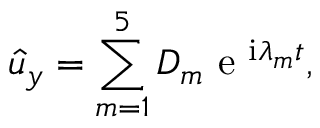
\hat { u } _ { y } = \sum _ { m = 1 } ^ { 5 } D _ { m } \mathrm { ~ e ~ } ^ { \mathrm { i } \lambda _ { m } t } ,